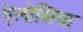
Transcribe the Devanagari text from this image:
ऐलोसिया